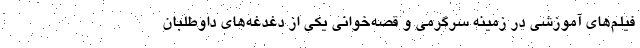
فیلم‌های آموزشی در زمینه سرگرمی و قصه‌خوانی یکی از دغدغه‌های داوطلبان